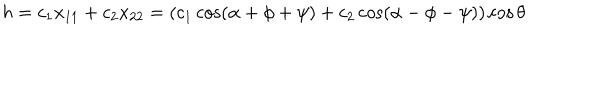
LaTeX: h = c _ { 1 } x _ { 1 1 } + c _ { 2 } x _ { 2 2 } = ( c _ { 1 } \cos ( \alpha + \phi + \psi ) + c _ { 2 } \cos ( \alpha - \phi - \psi ) ) \cos \theta